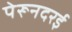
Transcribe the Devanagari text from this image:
पेरूनदरई